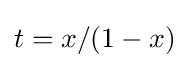
t=x/(1-x)